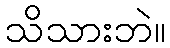
သိသားဘဲ။